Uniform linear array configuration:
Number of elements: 12
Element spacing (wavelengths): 0.5
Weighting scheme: binomial
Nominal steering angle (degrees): -30
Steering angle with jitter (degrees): -30.881
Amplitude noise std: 0.05
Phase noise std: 0.05

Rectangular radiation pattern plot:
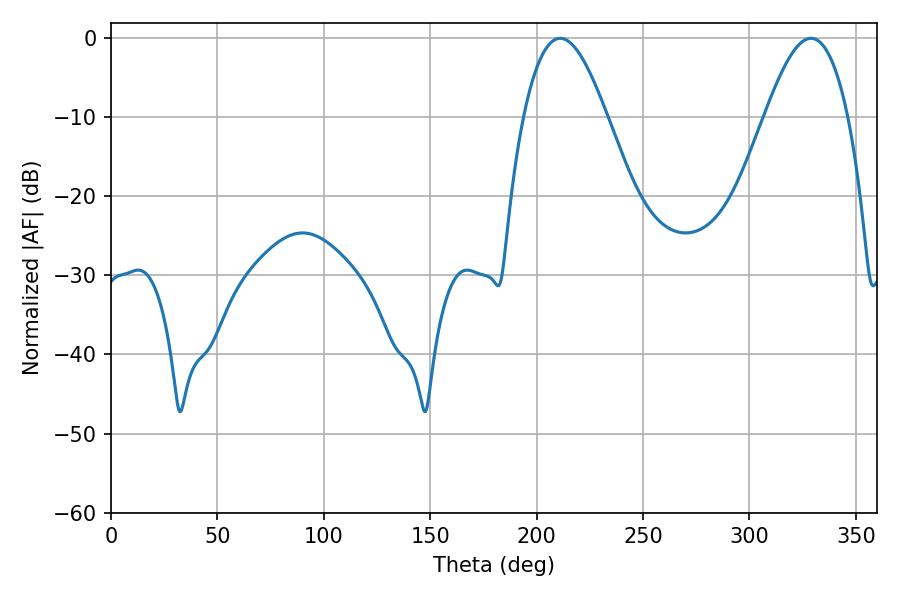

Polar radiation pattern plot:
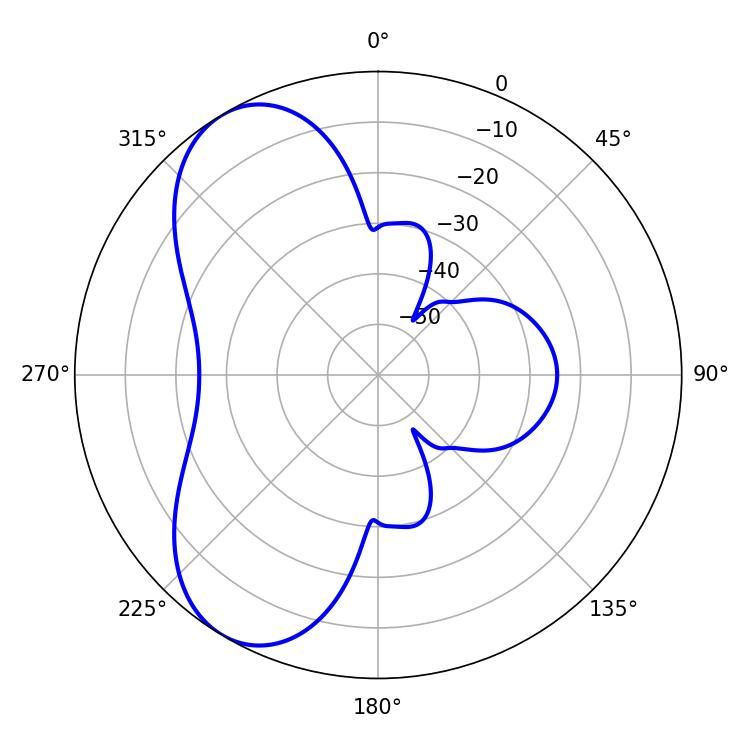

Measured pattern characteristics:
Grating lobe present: FALSE
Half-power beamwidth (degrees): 21.06
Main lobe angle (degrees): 211.14